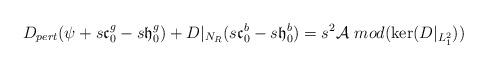
LaTeX: \begin{align*}D_{pert}(\psi+s\mathfrak{c}^g_0-s\mathfrak{h}^g_0)+D|_{N_R}(s\mathfrak{c}^b_0-s\mathfrak{h}^b_0)=s^2\mathcal{A} \mbox{ }mod(\ker(D|_{L^2_1}))\end{align*}